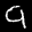
Label: 9